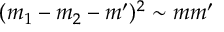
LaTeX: ( m _ { 1 } - m _ { 2 } - m ^ { \prime } ) ^ { 2 } \sim m m ^ { \prime }